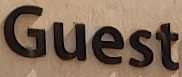
Guest